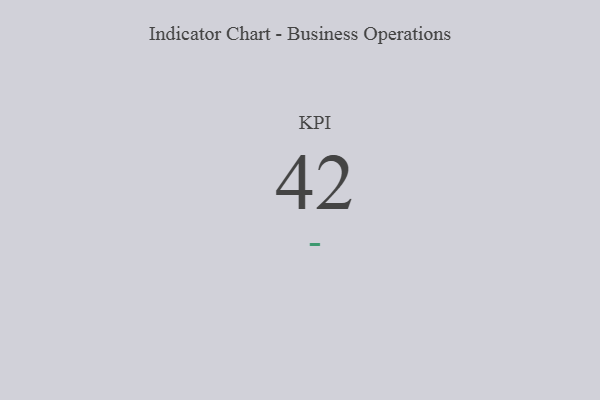
{"axis": {"x": "KPI", "y": "Value"}, "legend": [""], "data": [{"x": "KPI", "y": 42, "type": ""}]}